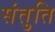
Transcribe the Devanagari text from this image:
संतुति